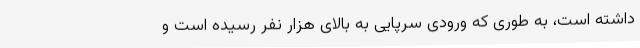
داشته است، به طوری که ورودی سرپایی به بالای هزار نفر رسیده است و